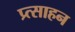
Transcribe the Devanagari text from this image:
प्र्त्साहन